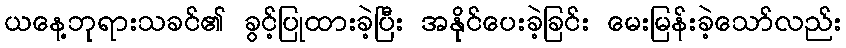
ယနေ့ဘုရားသခင်၏ ခွင့်ပြုထားခဲ့ပြီး အနိုင်ပေးခဲ့ခြင်း မေးမြန်းခဲ့သော်လည်း